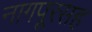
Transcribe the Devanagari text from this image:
नागपूरसह